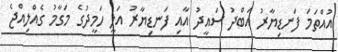
އުއްތަމަ ފަނޑިޔާރު އަބްދު ސައީދު އާއި ފަނޑިޔާރު އަލީ ހަމީދުގެ މަގާމު ގެއްލިއްޖެ